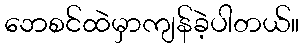
ဘေစင်ထဲမှာကျန်ခဲ့ပါတယ်။